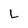
Character: l